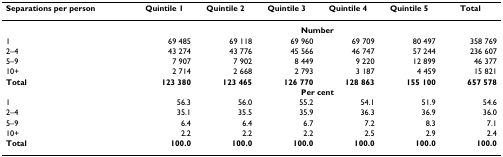
| Separations per person | Quintile 1 | Quintile 2 | Quintile 3 | Quintile 4 | Quintile 5 | Total |
 | --- | --- | --- | --- | --- | --- | --- |
 |  | <COLSPAN=6> Number |
 | 1 | 69 485 | 69 118 | 69 960 | 69 709 | 80 497 | 358 769 |
 | 2–4 | 43 274 | 43 776 | 45 566 | 46 747 | 57 244 | 236 607 |
 | 5–9 | 7 907 | 7 902 | 8 449 | 9 220 | 12 899 | 46 377 |
 | 10+ | 2 714 | 2 668 | 2 793 | 3 187 | 4 459 | 15 821 |
 | Total | 123 380 | 123 465 | 126 770 | 128 863 | 155 100 | 657 578 |
 |  | <COLSPAN=6> Per cent |
 | 1 | 56.3 | 56.0 | 55.2 | 54.1 | 51.9 | 54.6 |
 | 2–4 | 35.1 | 35.5 | 35.9 | 36.3 | 36.9 | 36.0 |
 | 5–9 | 6.4 | 6.4 | 6.7 | 7.2 | 8.3 | 7.1 |
 | 10+ | 2.2 | 2.2 | 2.2 | 2.5 | 2.9 | 2.4 |
 | Total | 100.0 | 100.0 | 100.0 | 100.0 | 100.0 | 100.0 |